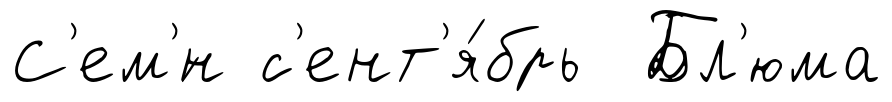
С'ем'́н с'ент'я́брь Бл'юма